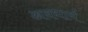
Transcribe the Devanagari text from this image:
अवधार्य